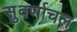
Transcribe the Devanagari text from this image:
सुवर्णाचल